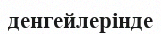
денгейлерінде